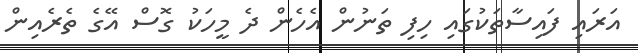
އަރައި ފައިސާތަކުގައި ހިފި ތަނުން އެހެން ދެ މީހަކު ގޮސް އޭގެ ތެރެއިން